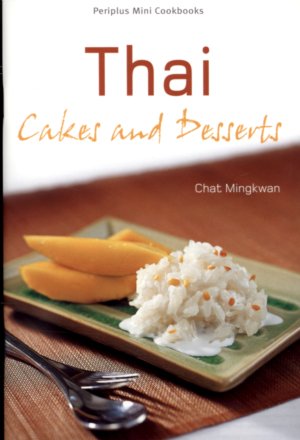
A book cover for THAI CAKES AND DESSERTS: Periplus Mini Cookbooks; Chat Mingkwan; Cookbooks, Food & Wine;